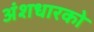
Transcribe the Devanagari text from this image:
अंशधारको